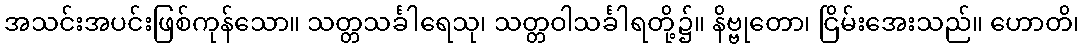
အသင်းအပင်းဖြစ်ကုန်သော။ သတ္တသင်္ခါရေသု၊ သတ္တဝါသင်္ခါရတို့၌။ နိဗ္ဗုတော၊ ငြိမ်းအေးသည်။ ဟောတိ၊